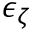
\epsilon _ { \zeta }